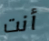
أنت